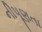
નીપૂણતા